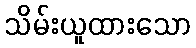
သိမ်းယူထားသော